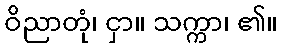
ဝိညာတုံ၊ ငှာ။ သက္ကာ၊ ၏။